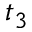
t _ { 3 }